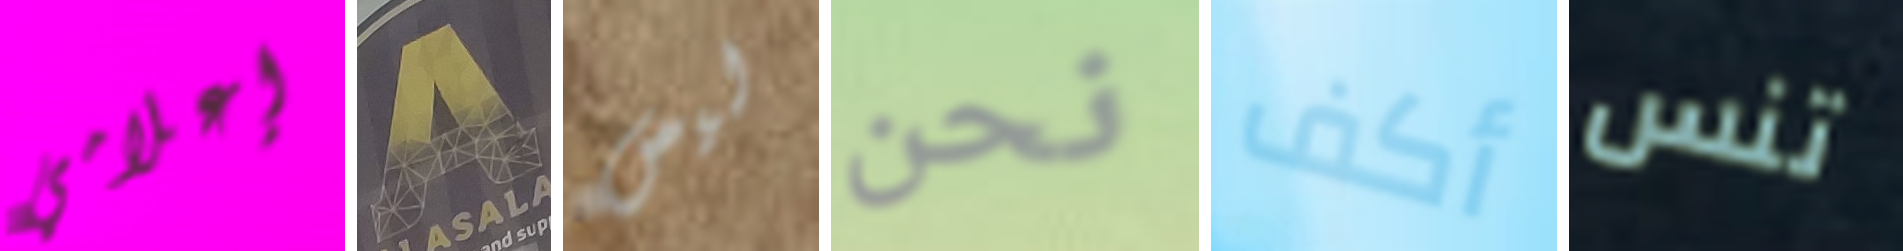
إعلامي A ليس نحن أكف تنس